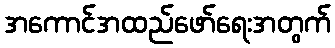
အကောင်အထည်ဖော်ရေးအတွက်